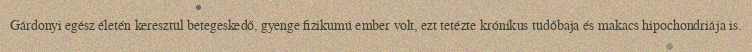
Gárdonyi egész életén keresztül betegeskedő, gyenge fizikumú ember volt, ezt tetézte krónikus tüdőbaja és makacs hipochondriája is.